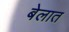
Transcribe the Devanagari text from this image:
बेलात